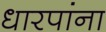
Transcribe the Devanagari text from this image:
धारपांना